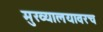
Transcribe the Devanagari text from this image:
मुख्यालयावरच